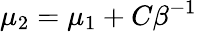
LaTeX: \mu_{2}=\mu_{1}+C\beta^{-1}